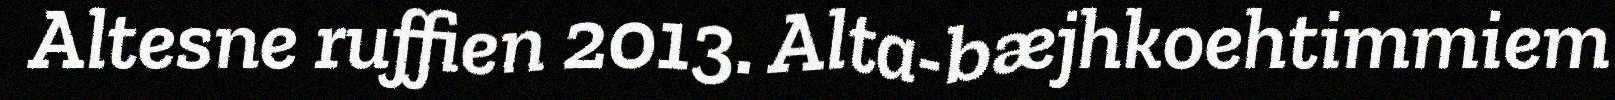
Altesne ruffien 2013. Alta-bæjhkoehtimmiem